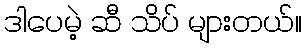
ဒါပေမဲ့ ဆီ သိပ် များတယ်။